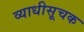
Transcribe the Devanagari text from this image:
व्याधीसूचक